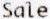
SALE